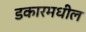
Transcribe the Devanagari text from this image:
डकारमधील